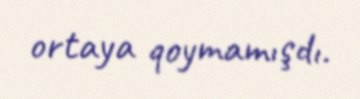
ortaya qoymamışdı.